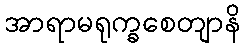
အာရာမရုက္ခစေတျာနိ